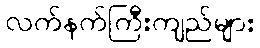
လက်နက်ကြီးကျည်များ